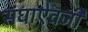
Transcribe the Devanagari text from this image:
संघाऐवजी